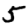
Digit: 5